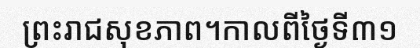
ព្រះរាជសុខភាព។កាលពីថ្ងៃទី៣១